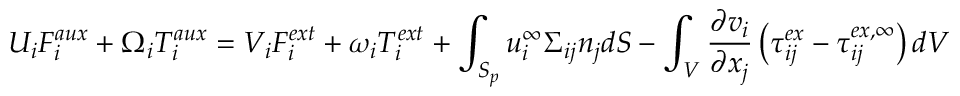
U _ { i } F _ { i } ^ { a u x } + \Omega _ { i } T _ { i } ^ { a u x } = V _ { i } F _ { i } ^ { e x t } + \omega _ { i } T _ { i } ^ { e x t } + \int _ { S _ { p } } u _ { i } ^ { \infty } \Sigma _ { i j } n _ { j } d S - \int _ { V } \frac { \partial v _ { i } } { \partial x _ { j } } \left( \tau _ { i j } ^ { e x } - \tau _ { i j } ^ { e x , \infty } \right) d V